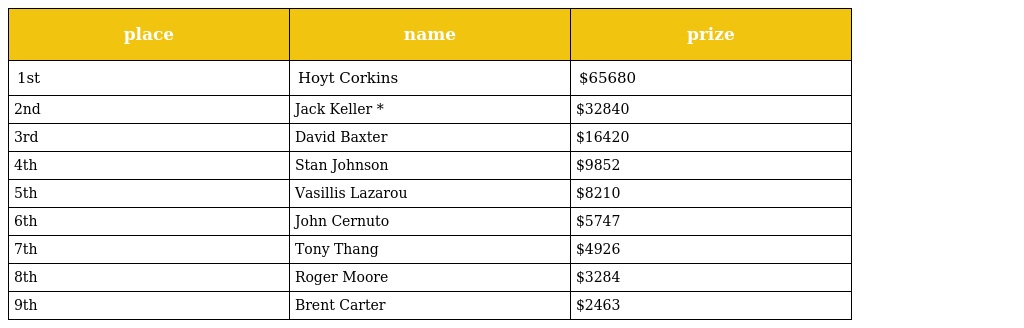
| place | name | prize |
 | --- | --- | --- |
 | 1st | Hoyt Corkins | $65680 |
 | 2nd | Jack Keller * | $32840 |
 | 3rd | David Baxter | $16420 |
 | 4th | Stan Johnson | $9852 |
 | 5th | Vasillis Lazarou | $8210 |
 | 6th | John Cernuto | $5747 |
 | 7th | Tony Thang | $4926 |
 | 8th | Roger Moore | $3284 |
 | 9th | Brent Carter | $2463 |